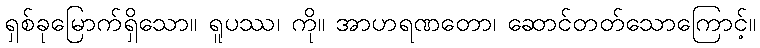
ရှစ်ခုမြောက်ရှိသော။ ရူပဿ၊ ကို။ အာဟရဏတော၊ ဆောင်တတ်သောကြောင့်။